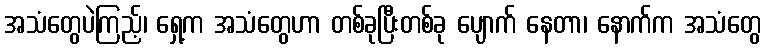
အသံတွေပဲကြည့်၊ ရှေ့က အသံတွေဟာ တစ်ခုပြီးတစ်ခု ပျောက် နေတာ၊ နောက်က အသံတွေ